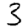
Digit: 3